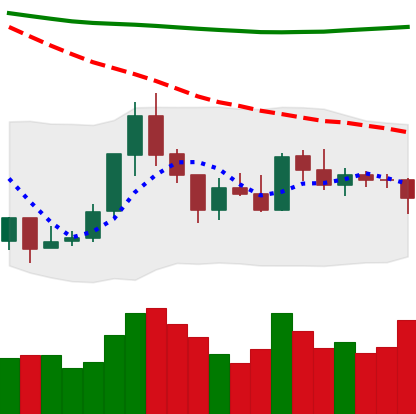
Ticker: ETH-USD
Chart end date: 2018-07-30
Forward return: -10.902%
Label: down_7plus